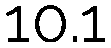
10.1